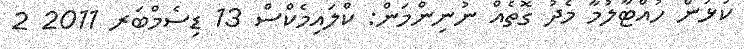
ކުޅުން ހުއްޓާލުމާ މެދު ގޮތެއް ނުނިންމަން: ކްލައިމެކްސް 13 ޑިސެމްބަރ 2011 2